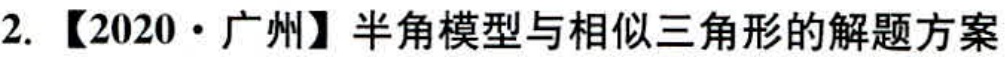
2. 【2020·广州】半角模型与相似三角形的解题方案